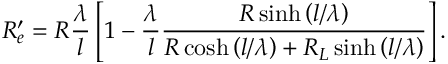
R _ { e } ^ { \prime } = R \frac { \lambda } { l } \left[ 1 - \frac { \lambda } { l } \frac { R \sinh \left( l / \lambda \right) } { R \cosh \left( l / \lambda \right) + R _ { L } \sinh \left( l / \lambda \right) } \right] .